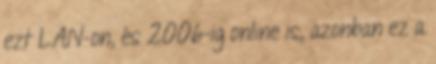
ezt LAN-on, és 2006-ig online is, azonban ez a